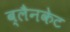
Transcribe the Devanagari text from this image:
ब्लैनकेट